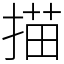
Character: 描